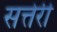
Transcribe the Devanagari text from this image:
सत्तेरी